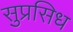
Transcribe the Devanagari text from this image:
सुप्रसिध